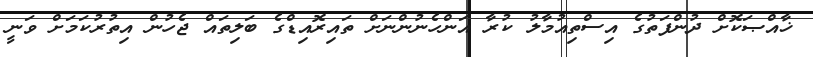
ޚާއްޞަކޮށް ދުންފަތުގެ އިސްތިއުމާލު ކުރާ އަންހެނުންނަށް ތައިރޮއިޑްގެ ބަލިތައް ޖެހުން އިތުރުކަމަށް ވަނީ